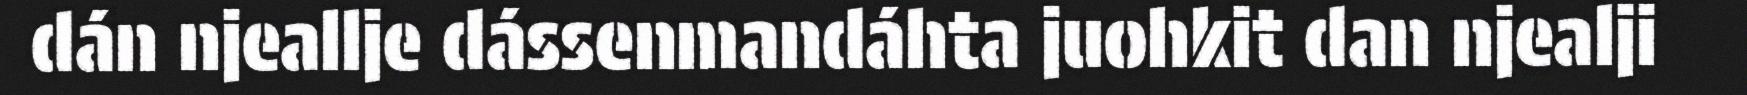
dán njeallje dássenmandáhta juohkit dan njealji